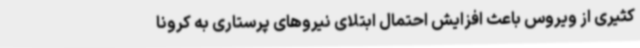
کثیری از ویروس باعث افزایش احتمال ابتلای نیروهای پرستاری به کرونا